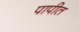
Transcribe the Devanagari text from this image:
पापीत